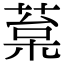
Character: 葈